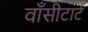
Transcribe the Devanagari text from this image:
वाँसीटार्ट